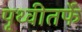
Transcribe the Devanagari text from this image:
पृथ्वीतर्फे